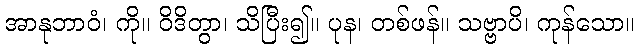
အာနုဘာဝံ၊ ကို။ ဝိဒိတွာ၊ သိပြီး၍။ ပုန၊ တစ်ဖန်။ သဗ္ဗာပိ၊ ကုန်သော။